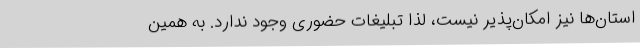
استان‌ها نیز امکان‌پذیر نیست، لذا تبلیغات حضوری وجود ندارد. به همین